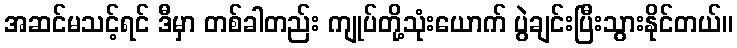
အဆင်မသင့်ရင် ဒီမှာ တစ်ခါတည်း ကျုပ်တို့သုံးယောက် ပွဲချင်းပြီးသွားနိုင်တယ်။